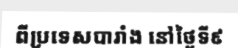
ពីប្រទេសបារាំង នៅថ្ងៃទី៩